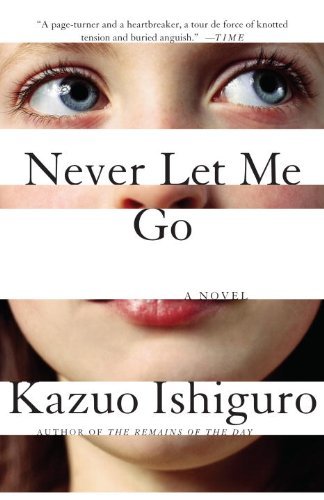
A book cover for Never Let Me Go; Kazuo Ishiguro; Mystery, Thriller & Suspense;